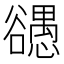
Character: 𰒠